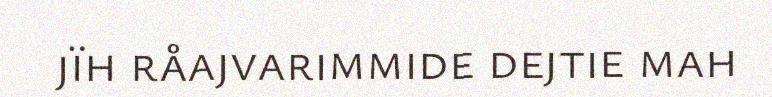
jïh råajvarimmide dejtie mah